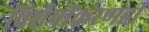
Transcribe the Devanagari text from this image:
विशेषीकरणही